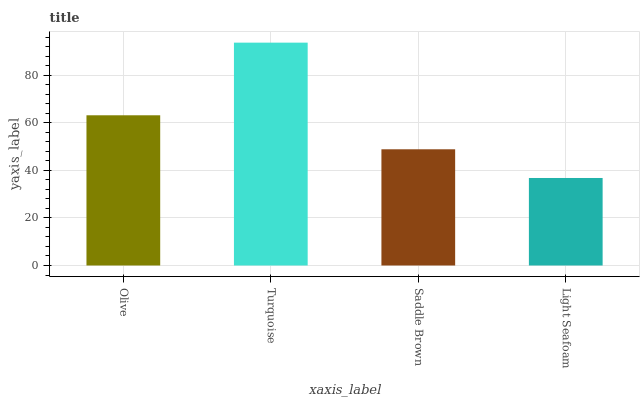
| xaxis_label | bars |
 | --- | --- |
 | Olive | 63.2 |
 | Turquoise | 93.7 |
 | Saddle Brown | 48.9 |
 | Light Seafoam | 36.8 |